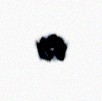
qız.